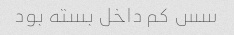
سس کم داخل بسته بود